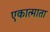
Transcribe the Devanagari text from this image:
एकात्माता